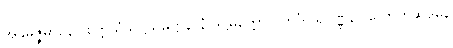
အနုမဇ္ဇမာနော စိတ္တသံသဋ္ဌသမုဋ္ဌာနာနံ ဒိဋ္ဌမတ္တော ဝိဘင်္ဂဝါရဝဏ္ဏနာ လောဟဆဒနေ